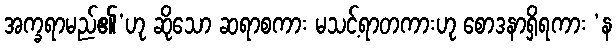
အက္ခရာမည်၏’ဟု ဆိုသော ဆရာစကား မသင့်ရာတကားဟု စောဒနာရှိရကား ‘န